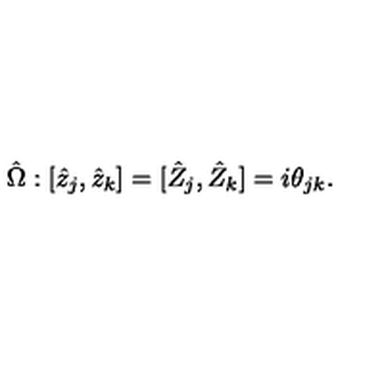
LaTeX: \hat { \Omega } : [ \hat { z } _ { j } , \hat { z } _ { k } ] = [ \hat { Z } _ { j } , \hat { Z } _ { k } ] = i \theta _ { j k } .